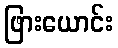
ဖြားယောင်း